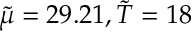
\tilde { \mu } = 2 9 . 2 1 , \tilde { T } = 1 8